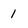
Character: 1